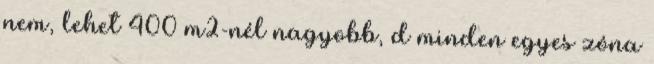
nem, lehet 400 m2-nél nagyobb, d minden egyes zóna